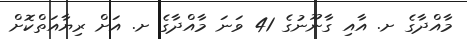
މާއްދާގެ ށ. އާއި ގާނޫނުގެ 41 ވަނަ މާއްދާގެ ށ. އަށް ރިޔާއަތްކޮށް